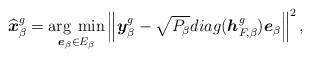
LaTeX: \begin{align*}\widehat{\boldsymbol{x}}_{\beta}^{g}=\underset{\boldsymbol{e}_{\beta} \in E_{\beta}}{\arg \: \min}\left\|\boldsymbol{y}_{\beta}^{g}-\sqrt{P_{\beta}} diag(\boldsymbol{h}_{F,\beta}^{g})\boldsymbol{e}_{\beta}\right\|^{2},\end{align*}